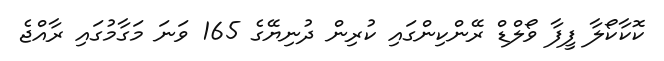
ކޮކާކޯލާ ފީފާ ވޯލްޑް ރޭންކިންގައި ކުރިން ދުނިޔޭގެ 165 ވަނަ މަގާމުގައި ރާއްޖެ